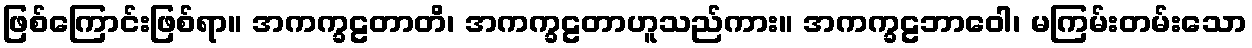
ဖြစ်ကြောင်းဖြစ်ရာ။ အကက္ခဠတာတိ၊ အကက္ခဠတာဟူသည်ကား။ အကက္ခဠဘာဝေါ၊ မကြမ်းတမ်းသော